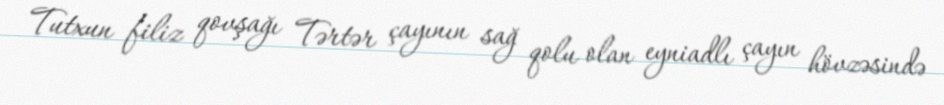
Tutxun filiz qovşağı Tərtər çayının sağ qolu olan eyniadlı çayın hövzəsində